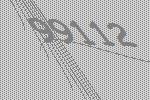
99112